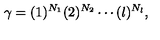
\gamma = ( 1 ) ^ { N _ { 1 } } ( 2 ) ^ { N _ { 2 } } \cdots ( l ) ^ { N _ { l } } ,